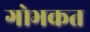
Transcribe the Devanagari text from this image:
गोभकत